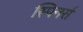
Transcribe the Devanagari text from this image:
स्पिनर्स